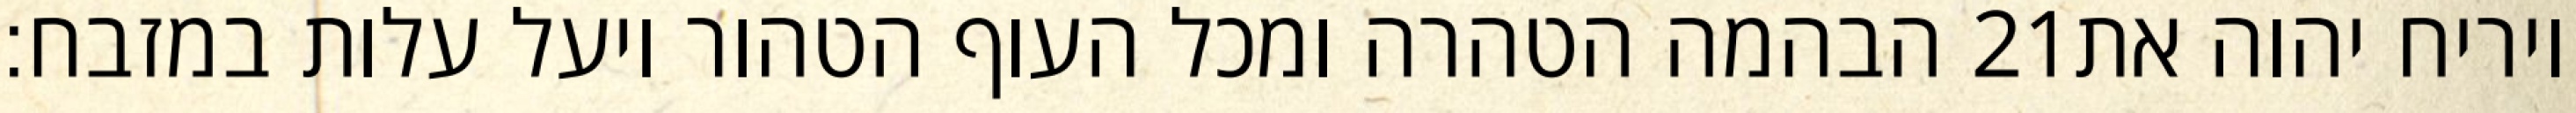
הבהמה הטהרה ומכל העוף הטהור ויעל עלות במזבח׃ ‎21‏ ויריח יהוה את